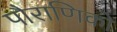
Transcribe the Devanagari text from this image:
पौराणिको